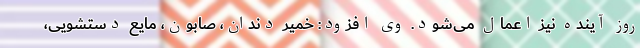
روز آینده نیز اعمال می‌شود. وی افزود: خمیر دندان، صابون، مایع دستشویی،